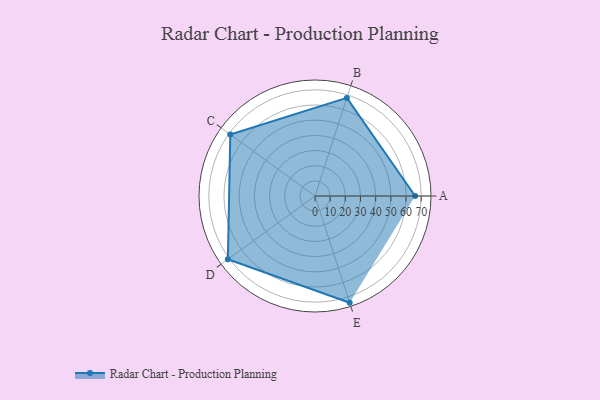
{"axis": {"x": "Skill", "y": "Score"}, "legend": ["Profile"], "data": [{"x": "A", "y": 66.0, "type": "Profile"}, {"x": "B", "y": 68.0, "type": "Profile"}, {"x": "C", "y": 69.0, "type": "Profile"}, {"x": "D", "y": 71.0, "type": "Profile"}, {"x": "E", "y": 74.0, "type": "Profile"}]}